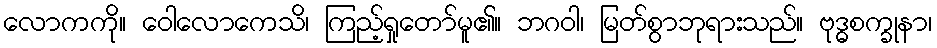
လောကကို။ ဝေါလောကေသိ၊ ကြည့်ရှုတော်မူ၏။ ဘဂဝါ၊ မြတ်စွာဘုရားသည်။ ဗုဒ္ဓစက္ခုနာ၊